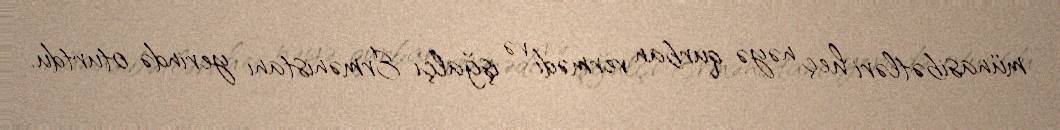
münasibətləri heç nəyə qurban vermədi və işğalçı Ermənistanı yerində oturtdu.